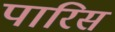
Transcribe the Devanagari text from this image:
पारिस